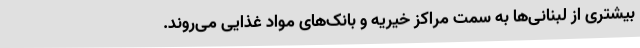
بیشتری از لبنانی‌ها به سمت مراکز خیریه و بانک‌های مواد غذایی می‌روند.